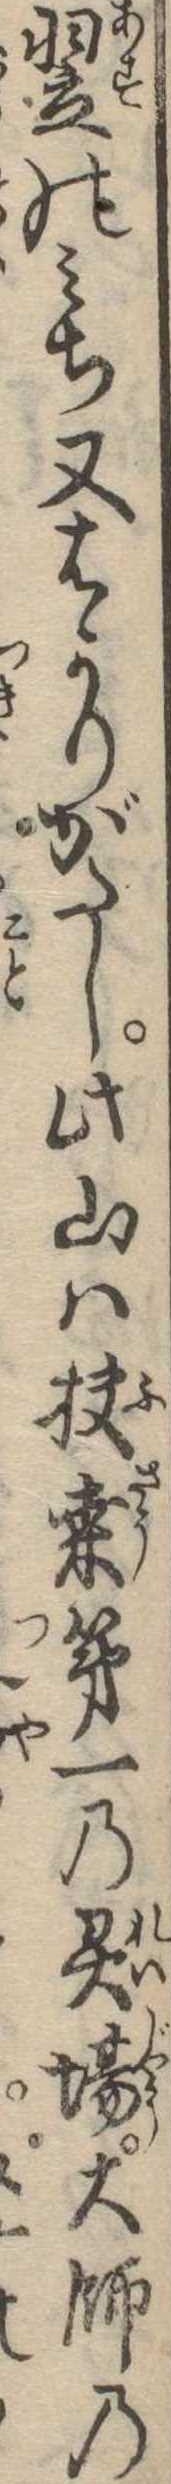
翌のみち又はかりがたし此山は扶桑第一の霊場大師の